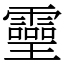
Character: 𤫊